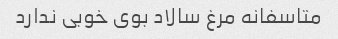
متاسفانه مرغ سالاد بوی خوبی ندارد